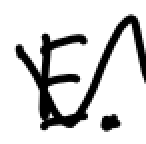
Text: E.
Cross-out: zig-zag
Writing tool: digital_black